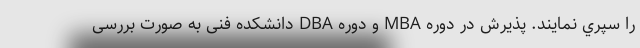
را سپري نمايند. پذیرش در دوره MBA و دوره DBA دانشکده فنی به صورت بررسی